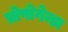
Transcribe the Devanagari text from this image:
प्रोपोगेन्डा